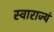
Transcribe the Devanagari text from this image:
स्वाराज्यं